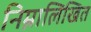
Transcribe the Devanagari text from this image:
निम्नालिखित